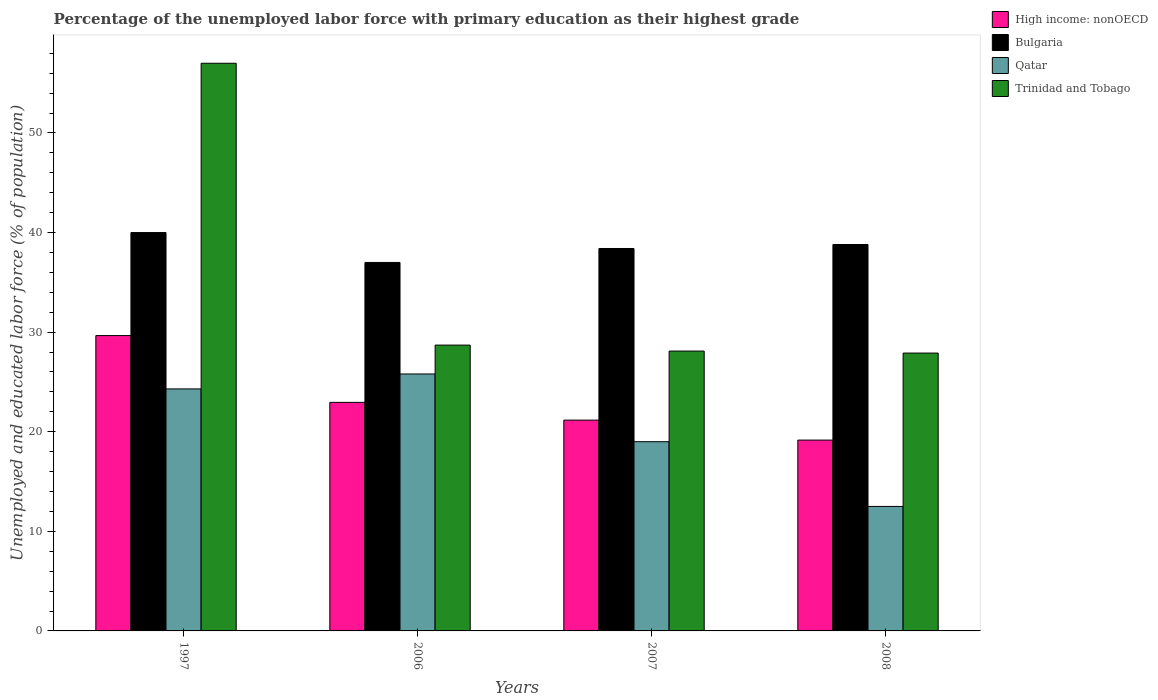
| Years | High income: nonOECD | Bulgaria | Qatar | Trinidad and Tobago |
 | --- | --- | --- | --- | --- |
 | 1997 | 29.7 | 40 | 24.3 | 57 |
 | 2006 | 22.9 | 37 | 25.8 | 28.7 |
 | 2007 | 21.2 | 38.4 | 19 | 28.1 |
 | 2008 | 19.2 | 38.8 | 12.5 | 27.9 |